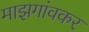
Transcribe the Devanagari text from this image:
माझगांवकर